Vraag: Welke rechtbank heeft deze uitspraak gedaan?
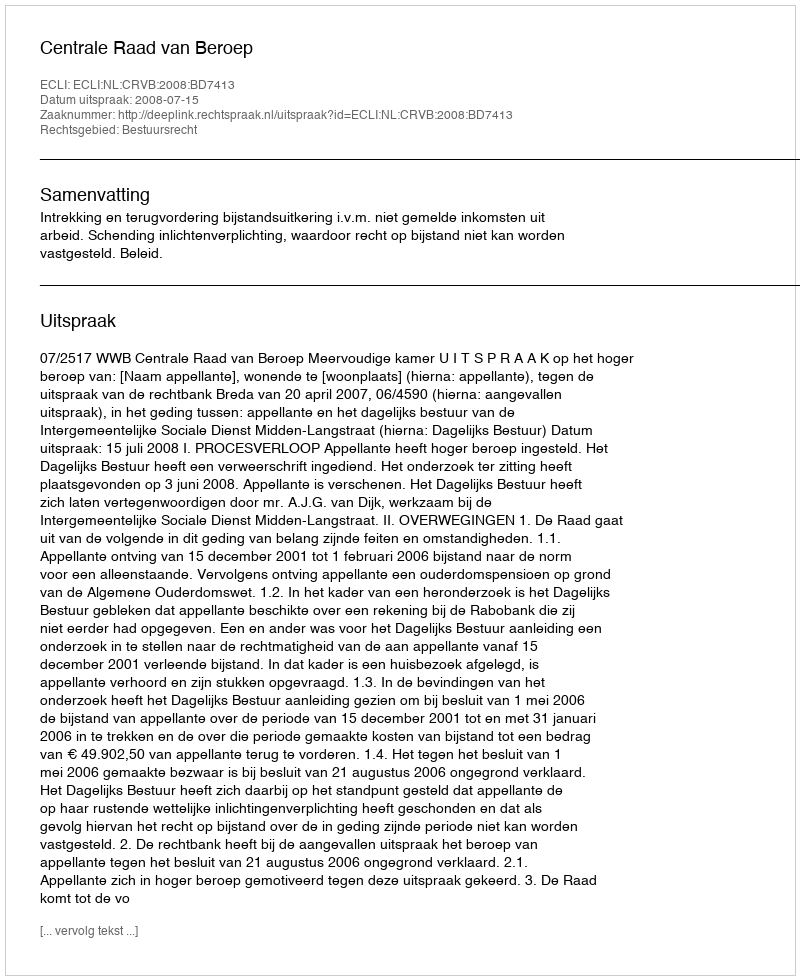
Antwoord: Centrale Raad van Beroep